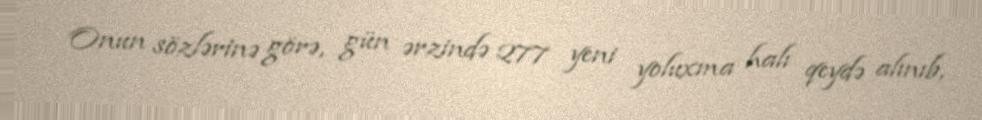
Onun sözlərinə görə, gün ərzində 277 yeni yoluxma halı qeydə alınıb,